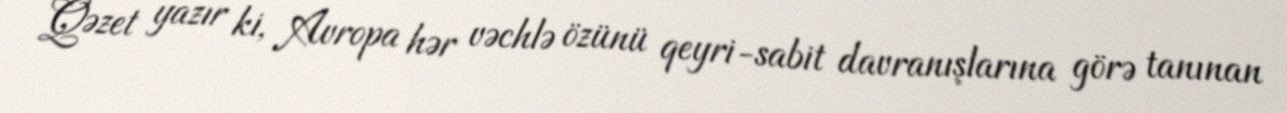
Qəzet yazır ki, Avropa hər vəchlə özünü qeyri-sabit davranışlarına görə tanınan